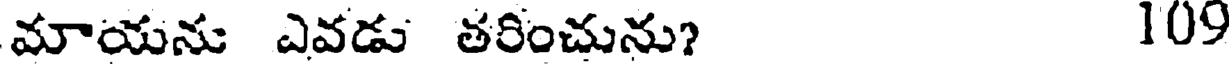
మాయను ఎవడు తరించును? 109